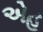
એહ